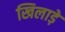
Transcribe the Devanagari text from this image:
खिलाड़े